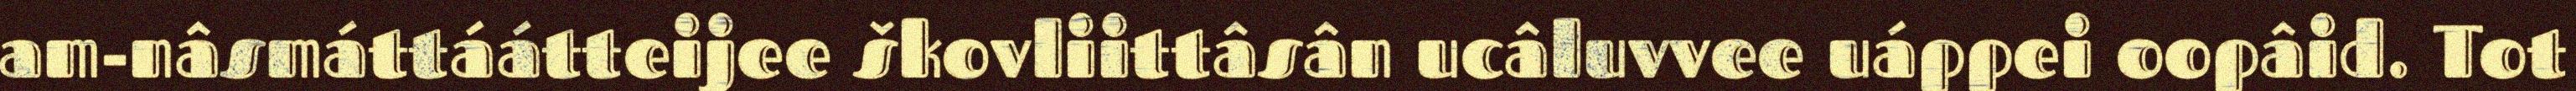
am-nâsmáttáátteijee škovliittâsân ucâluvvee uáppei oopâid. Tot